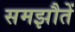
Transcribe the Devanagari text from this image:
समझौतें